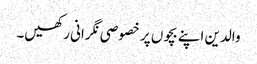
والدین اپنے بچوں پر خصوصی نگرانی رکھیں۔